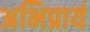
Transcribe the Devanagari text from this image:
अभिप्रायं